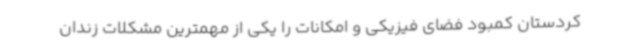
کردستان کمبود فضای فیزیکی و امکانات را یکی از مهمترین مشکلات زندان